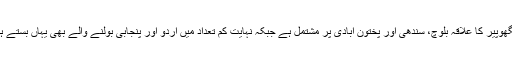
منگھوپیر کا علاقہ بلوچ، سندھی اور پختون آبادی پر مشتمل ہے جبکہ نہایت کم تعداد میں اردو اور پنجابی بولنے والے بھی یہاں بستے ہیں۔